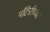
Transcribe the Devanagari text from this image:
माँटेरीच्या